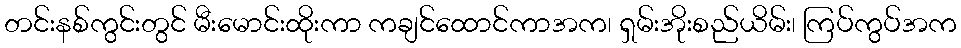
တင်းနစ်ကွင်းတွင် မီးမောင်းထိုးကာ ကချင်ထောင်ကာအက၊ ရှမ်းအိုးစည်ယိမ်း၊ ကြပ်ကွပ်အက